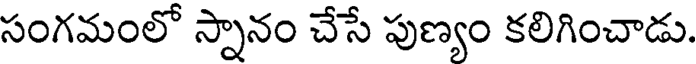
సంగమంలో స్నానం చేసే పుణ్యం కలిగించాడు.